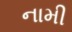
નામી